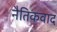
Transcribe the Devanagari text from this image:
नैतिकवाद